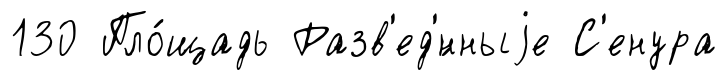
130 Пло́щадь Разв'ед'́нныjе С'енура